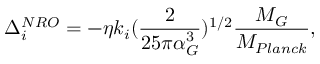
\Delta _ { i } ^ { N R O } = - \eta k _ { i } ( \frac { 2 } { 2 5 \pi \alpha _ { G } ^ { 3 } } ) ^ { 1 / 2 } \frac { M _ { G } } { M _ { P l a n c k } } ,